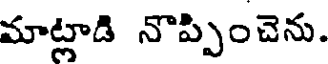
మాట్లాడి నొప్పించెను.